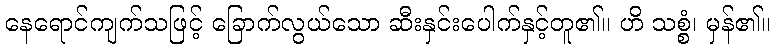
နေရောင်ကျက်သဖြင့် ခြောက်လွယ်သော ဆီးနှင်းပေါက်နှင့်တူ၏။ ဟိ သစ္စံ၊ မှန်၏။